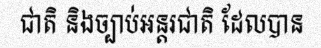
ជាតិ និងច្បាប់អន្តរជាតិ ដែលបាន